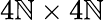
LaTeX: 4\mathbb{N}\times4\mathbb{N}